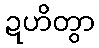
ဍဟိတွာ